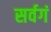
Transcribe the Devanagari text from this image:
सर्वगं